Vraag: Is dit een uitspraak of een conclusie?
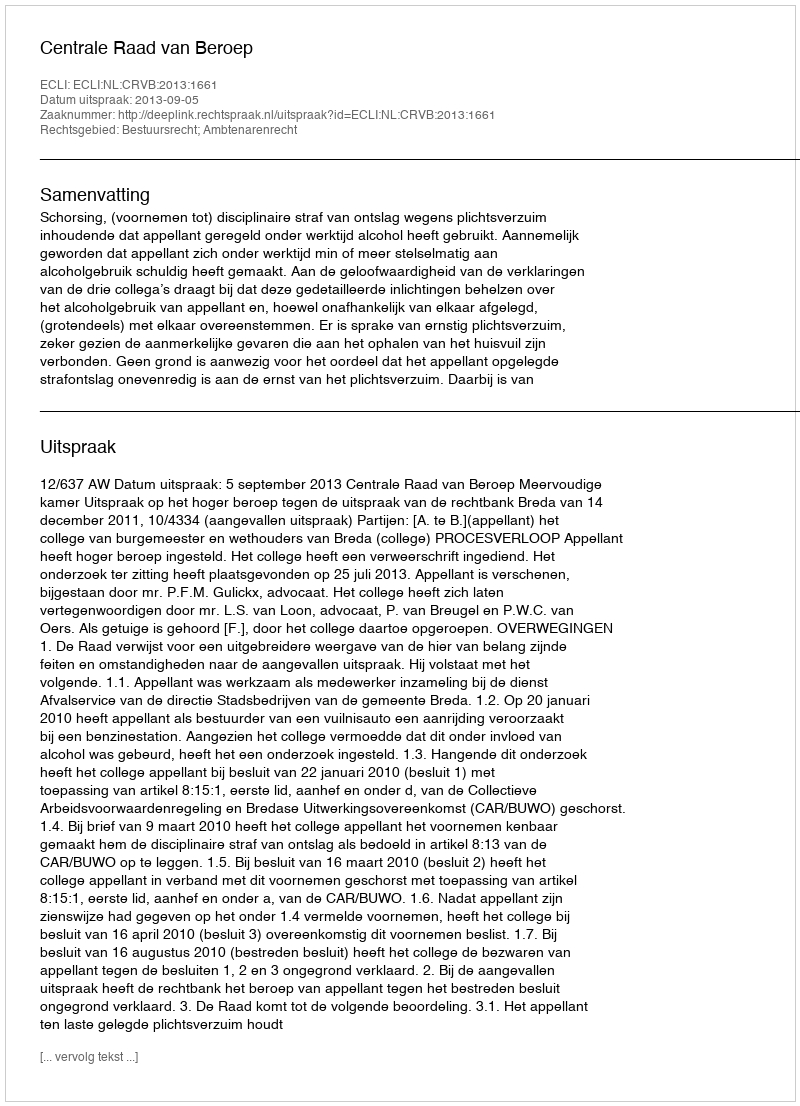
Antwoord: Uitspraak